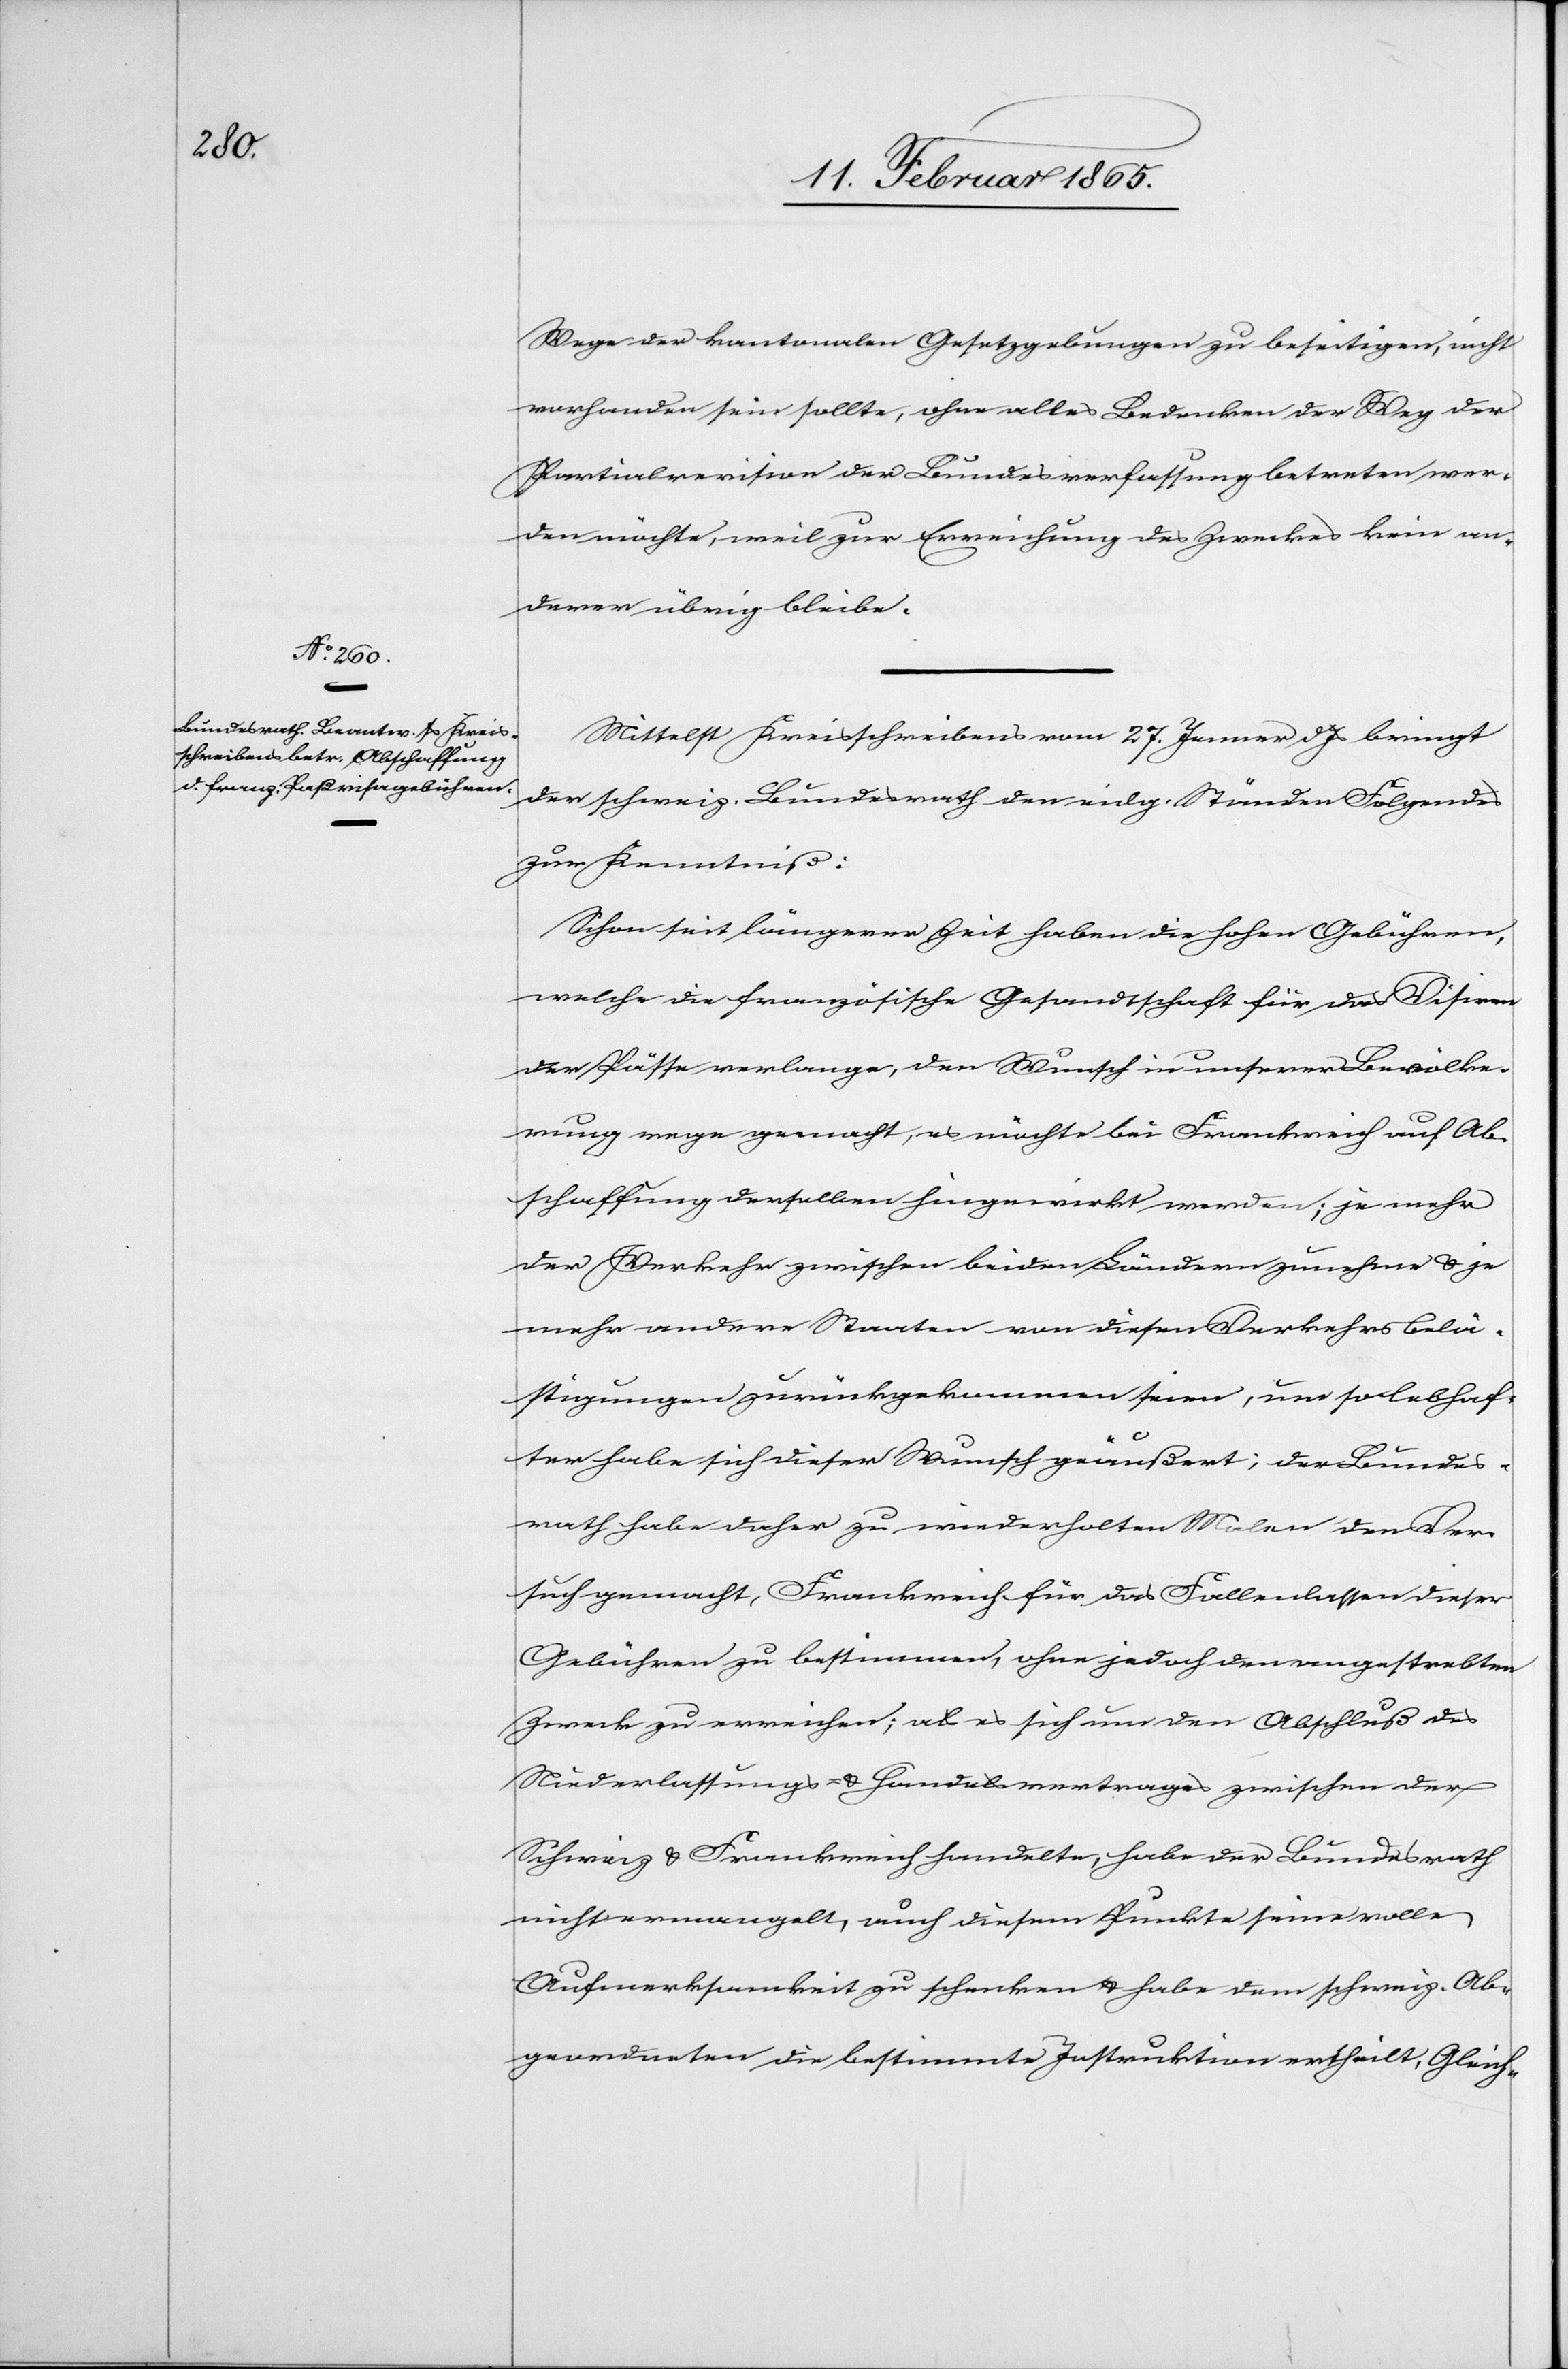
Wege der kantonalen Gesetzgebungen zu beseitigen, nicht
vorhanden sein sollte, ohne alles Bedenken der Weg der
Partialrevision der Bundesverfassung betreten wer¬
den möchte, weil zur Erreichung des Zweckes kein an¬
derer übrig bleibe.
Mittelst Kreisschreibens vom 27. Jenner d. Js bringt
der schweiz. Bundesrath den eidg. Ständen Folgendes
zur Kenntniß:
Schon seit längerer Zeit haben die hohen Gebühren,
welche die französische Gesandtschaft für das Visiren
der Pässe verlange, den Wunsch in unserer Bevölke¬
rung rege gemacht, es möchte bei Frankreich auf Ab¬
schaffung derselben hingewirkt werden; je mehr
der Verkehr zwischen beiden Ländern zunehme u. je
mehr andere Staaten von diesen Verkehrsbelä¬
stigungen zurückgekommen seien, um so lebhaf¬
ter habe sich dieser Wunsch geäußert; der Bundes¬
rath habe daher zu wiederholten Malen den Ver¬
such gemacht, Frankreich für das Fallenlassen dieser
Gebühren zu bestimmen, ohne jedoch den angestrebten
Zweck zu erreichen; als es sich um den Abschluß des
Niederlassungs- u. Handelsvertrages zwischen der
Schweiz u. Frankreich handelte, habe der Bundesrath
nicht ermangelt, auch diesem Punkte seine volle
Aufmerksamkeit zu schenken u. habe dem schweiz. Ab¬
geordneten die bestimmte Instruktion ertheilt, Gleich-